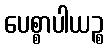
ပေစ္စာပါယဉ္စ